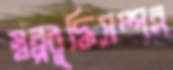
স্বল্পবুদ্ধিসম্পন্ন